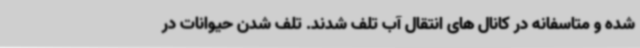
شده و متاسفانه در کانال های انتقال آب تلف شدند. تلف شدن حیوانات در